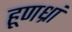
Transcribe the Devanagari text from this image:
हूणध्रां